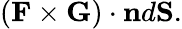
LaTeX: (\mathbf{F}\times\mathbf{G})\cdot\mathbf{n}d\mathbf{S}.